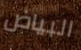
البياض